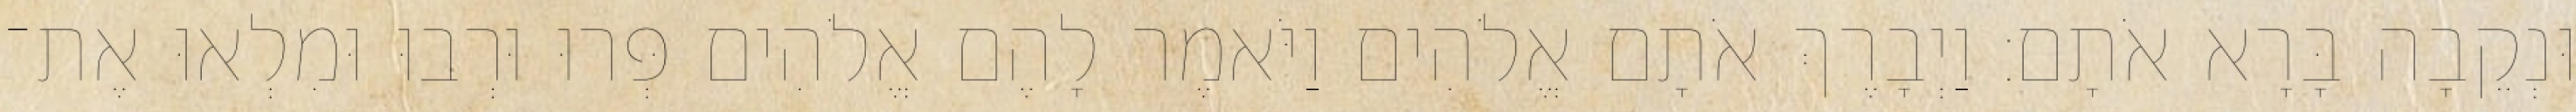
וּנְקֵבָה בָּרָא אֹתָם׃ וַיְבָרֶךְ אֹתָם אֱלֹהִים וַיֹּאמֶר לָהֶם אֱלֹהִים פְּרוּ וּרְבוּ וּמִלְאוּ אֶת־